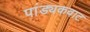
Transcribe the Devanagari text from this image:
पांड्यकवाट